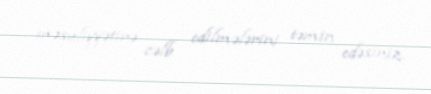
məsuliyyətinə cəlb edilmələrini təmin edəsiniz.